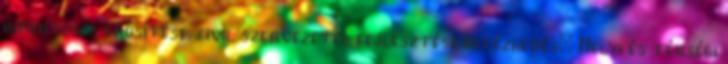
indentitás erősítése, civil szervezetek fejlesztése Intézkedés: Helyi és térségi